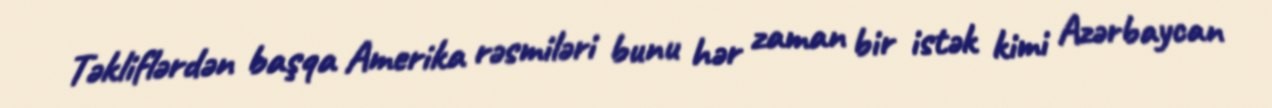
Təkliflərdən başqa Amerika rəsmiləri bunu hər zaman bir istək kimi Azərbaycan